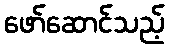
ဖော်ဆောင်သည့်